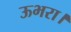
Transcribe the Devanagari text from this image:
ऊभरा।